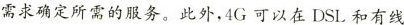
需求确定所需的服务。此外，4G可以在DSL和有线